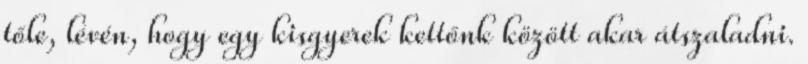
tőle, lévén, hogy egy kisgyerek kettőnk között akar átszaladni.